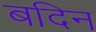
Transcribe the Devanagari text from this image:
बदिन